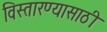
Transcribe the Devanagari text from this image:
विस्तारण्यासाठी